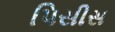
પિસીસ